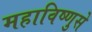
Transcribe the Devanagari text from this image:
महाविष्णुसे